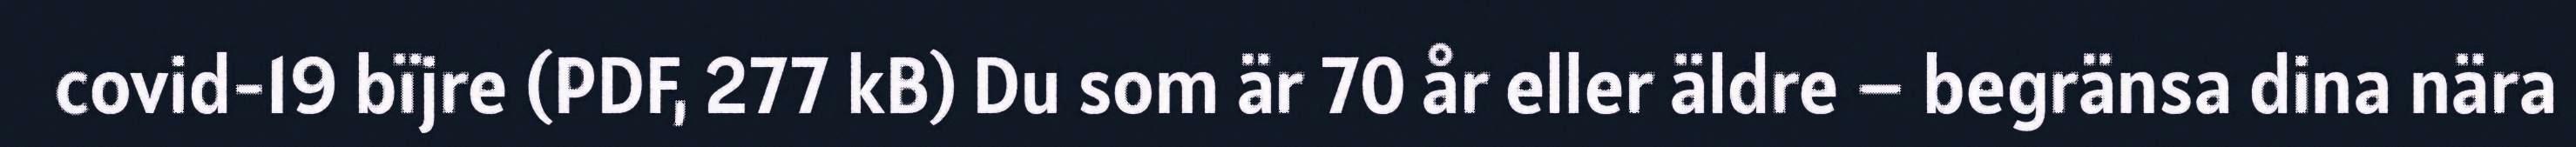
covid-19 bïjre (PDF, 277 kB) Du som är 70 år eller äldre – begränsa dina nära